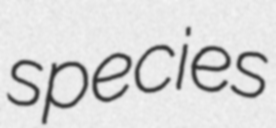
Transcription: species